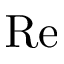
\mathrm { R e }